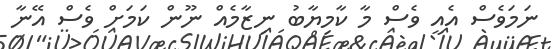
ނަމަވެސް އެއީ ވެސް މާ ކާމިޔާބު ނިޒާމެއް ނޫން ކަމަށް ވެސް އޭނާ